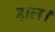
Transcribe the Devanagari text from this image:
हाल।